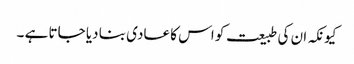
کیونکہ ان کی طبیعت کو اس کا عادی بنا دیا جاتا ہے ۔